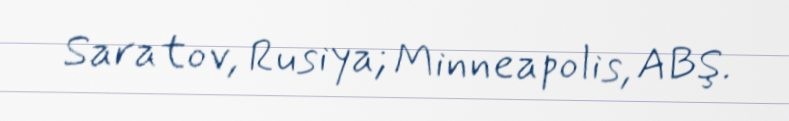
Saratov, Rusiya; Minneapolis, ABŞ.